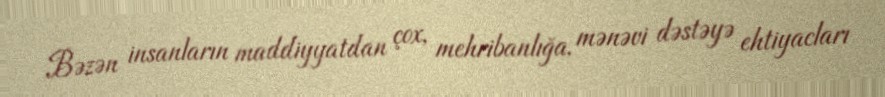
Bəzən insanların maddiyyatdan çox, mehribanlığa, mənəvi dəstəyə ehtiyacları